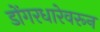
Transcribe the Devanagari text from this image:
डोंगरधारेवरून